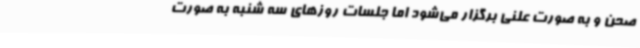
صحن و به صورت علنی برگزار می‌شود اما جلسات روزهای سه شنبه به صورت